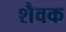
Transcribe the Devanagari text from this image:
शैवक